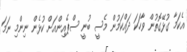
އެކަމާ ގުޅޭގޮތުން ވާހަކަ ދައްކަމުން މެސީ ބުނީ ސްޕެއިންއަށް ކުޅެން ނިންމި ނަމަ